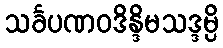
သင်္ခပဏဝဒိန္ဒိမသဒ္ဒမ္ပိ